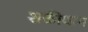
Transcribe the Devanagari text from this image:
शक्तीधाम